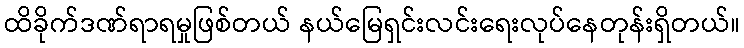
ထိခိုက်ဒဏ်ရာရမှုဖြစ်တယ် နယ်မြေရှင်းလင်းရေးလုပ်နေတုန်းရှိတယ်။